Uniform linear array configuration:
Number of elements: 8
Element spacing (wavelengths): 1
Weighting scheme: binomial
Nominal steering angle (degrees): -60
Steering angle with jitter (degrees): -61.738
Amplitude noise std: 0.05
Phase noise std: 0.05

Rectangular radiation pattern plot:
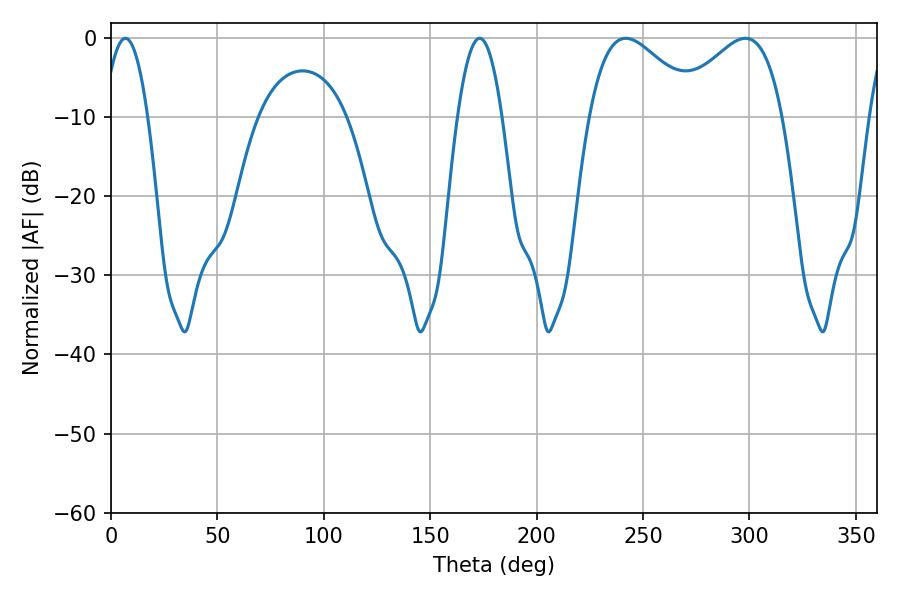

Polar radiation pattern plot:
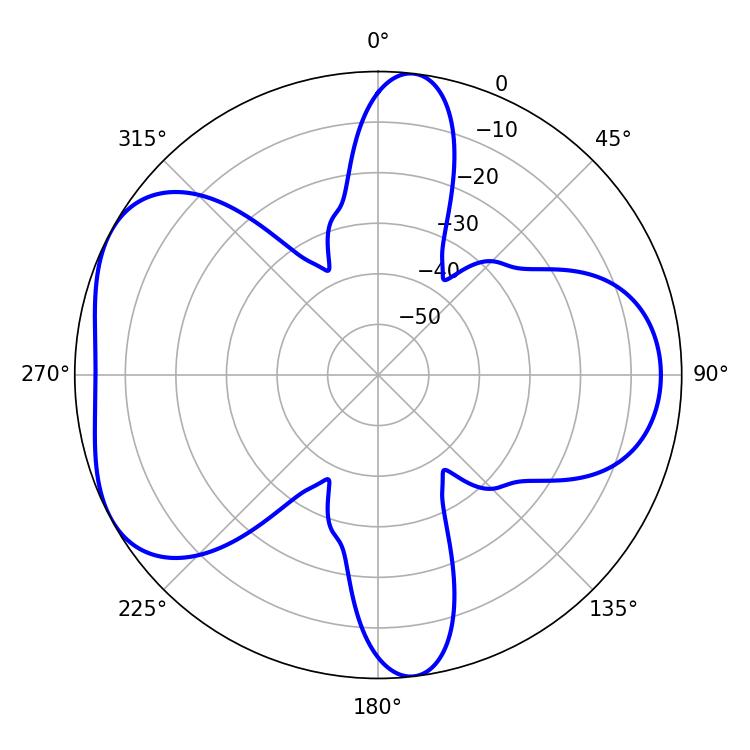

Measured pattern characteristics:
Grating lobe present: TRUE
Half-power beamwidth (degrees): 27.9
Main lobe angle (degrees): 241.92